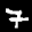
Label: 7